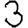
Digit: 3